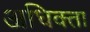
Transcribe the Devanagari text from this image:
अधिक्ता